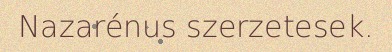
Nazarénus szerzetesek.